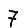
Digit: 7